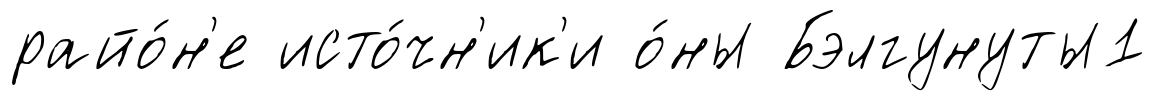
райо́н'е исто́чн'ик'и о́ны Бэлгунуты1